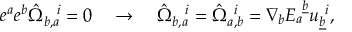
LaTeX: e ^ { a } e ^ { b } \hat { \Omega } _ { b , a } ^ { ~ ~ i } = 0 \quad \rightarrow \quad \hat { \Omega } _ { b , a } ^ { ~ ~ i } = \hat { \Omega } _ { a , b } ^ { ~ i } = { \nabla } _ { b } E _ { a } ^ { ~ \underline { { b } } } u _ { \underline { { b } } } ^ { ~ i } ,